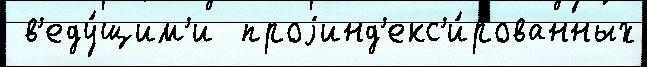
 в'еду́щим'и  проjинд'екс'и́рованных